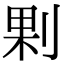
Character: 𠜴